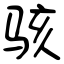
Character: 骇